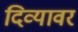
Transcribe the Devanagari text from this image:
दिव्यावर